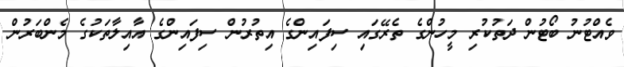
ވެއްޓުނު ބޯޓުން ދަތުކުރި މީހުންގެ ތެރޭގައި ސިފައިންގެ އިތުރުން ސިފައިންގެ އާއިލާތަކުގެ މެންބަރުން